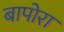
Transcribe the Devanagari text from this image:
बापोरा